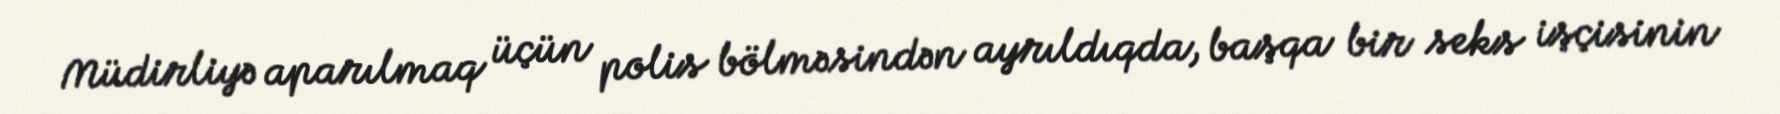
Müdirliyə aparılmaq üçün polis bölməsindən ayrıldıqda, başqa bir seks işçisinin